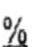
%